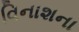
વિનાશના